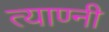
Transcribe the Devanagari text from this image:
त्याण्नी